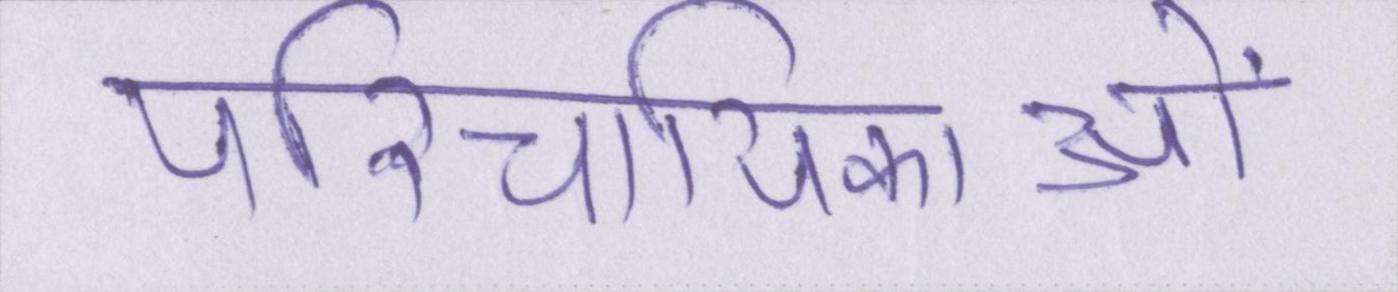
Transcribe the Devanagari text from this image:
परिचायिकाओं